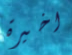
اخيرة